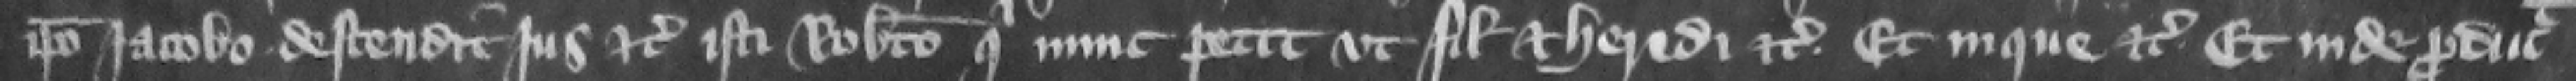
ipso Iacobo descendit jus etc. isti Roberto qui nunc petit vt filio et heredi etc. Et in que etc. Et inde producit